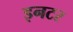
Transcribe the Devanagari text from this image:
इनटर